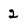
Character: 2